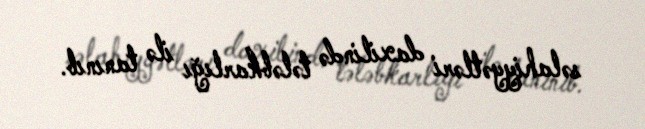
səlahiyyətləri daxilində tələbkarlığı ilə tanınıb.